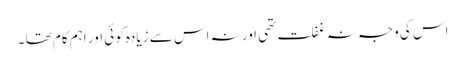
اس کی وجہ نہ غفلت تھی اور نہ اس سے زیادہ کوئی اور اہم کام تھا ۔